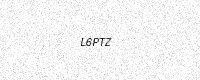
Text: L6PTZ